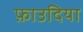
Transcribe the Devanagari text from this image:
फ़ाउदिया